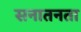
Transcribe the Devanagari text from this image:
सनातनता